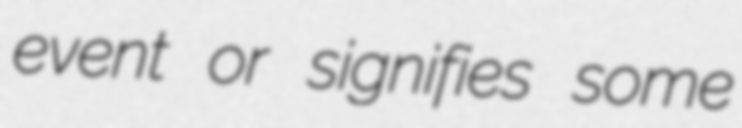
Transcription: event or signifies some